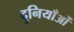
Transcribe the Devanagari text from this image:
दुनियाँओं